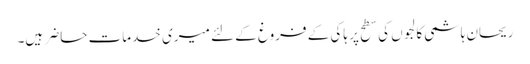
ریحان ہاشمی	کالجوں کی سطح پر ہاکی کے فروغ کے لئے میری خدمات حاضر ہیں۔